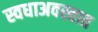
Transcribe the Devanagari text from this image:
स्वधाअवस्तात